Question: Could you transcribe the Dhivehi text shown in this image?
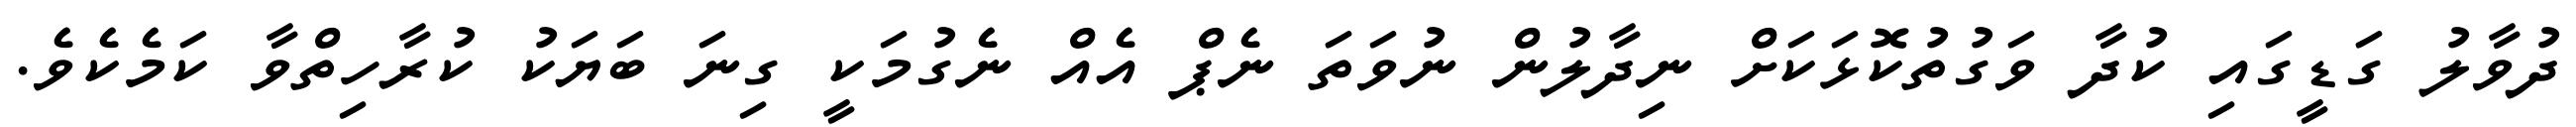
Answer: ދުވާލު ގަޑީގައި ކުދާ ވަގުތުކޮޅަކަށް ނިދާލުން ނުވަތަ ނެޕް އެއް ނެގުމަކީ ގިނަ ބަޔަކު ކުރާހިތްވާ ކަމެކެވެ.